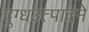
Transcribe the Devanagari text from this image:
दुग्धउत्पादने